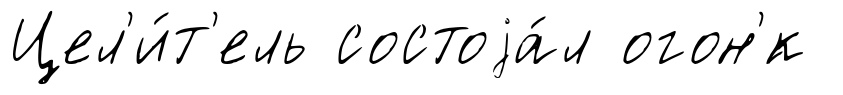
Цел'и́т'ель состоjа́л огон'́к